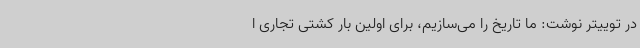
در توییتر نوشت: ما تاریخ را می‌سازیم، برای اولین بار کشتی تجاری ا